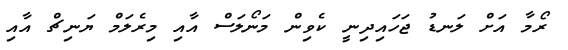
ރޯމާ އަށް ލަނޑު ޖަހައިދިނީ ކެވިން މަނޯލަސް އާއި މިރެލަމް ޔަނިޗް އާއި